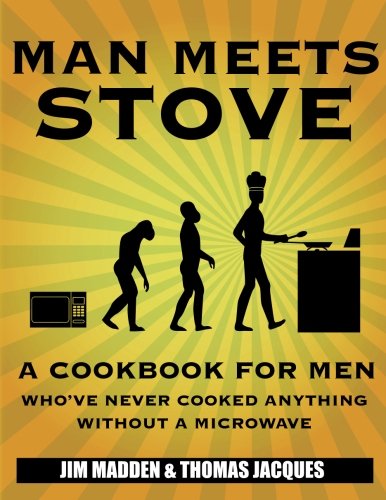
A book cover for Man Meets Stove: A cookbook for men who've never cooked anything without a microwave.; Jim Madden; Humor & Entertainment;